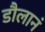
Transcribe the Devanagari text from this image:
डौलानं